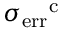
\sigma _ { \mathrm { e r r } } \mathrm { ^ c }